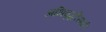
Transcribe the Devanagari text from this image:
अभिवृद्धीसाठी